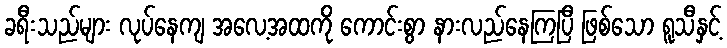
ခရီးသည်များ လုပ်နေကျ အလေ့အထကို ကောင်းစွာ နားလည်နေကြပြီ ဖြစ်သော ရူသီနှင့်